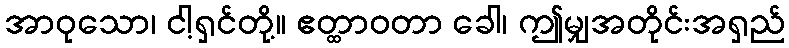
အာဝုသော၊ ငါ့ရှင်တို့။ ဧတ္ထာဝတာ ခေါ၊ ဤမျှအတိုင်းအရှည်